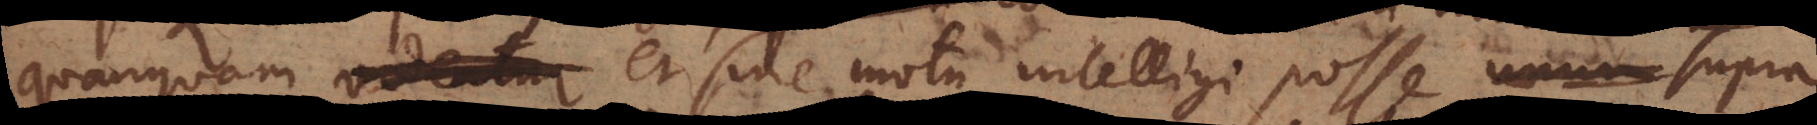
quanquam et sine motu intelligi posse supra